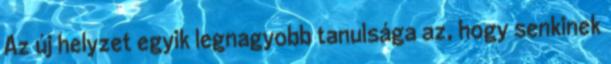
Az új helyzet egyik legnagyobb tanulsága az, hogy senkinek